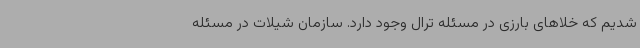
شدیم که خلاهای بارزی در مسئله ترال وجود دارد. سازمان شیلات در مسئله